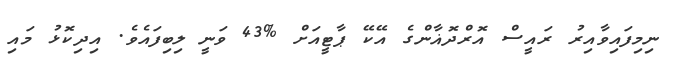
ނިމިފައިވާއިރު ރައީސް އޮރްދޮޣާންގެ އޭކޭ ޕާޓީއަށް %43 ވަނީ ލިބިފައެވެ. އިދިކޮޅު މައި